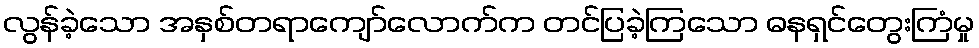
လွန်ခဲ့သော အနှစ်တရာကျော်လောက်က တင်ပြခဲ့ကြသော ဓနရှင်တွေးကြံမှု